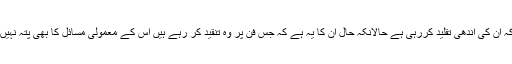
کہ ان کی اندھی تقلید کررہی ہے حالانکہ حال ان کا یہ ہے کہ جس فن پر وہ تنقید کر رہے ہیں اس کے معمولی مسائل کا بھی پتہ نہیں۔